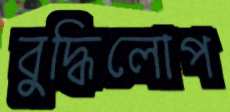
বুদ্ধিলোপ